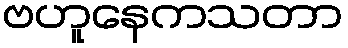
ဗဟူနေကသတာ